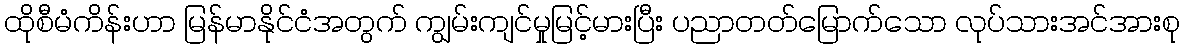
ထိုစီမံကိန်းဟာ မြန်မာနိုင်ငံအတွက် ကျွမ်းကျင်မှုမြင့်မားပြီး ပညာတတ်မြောက်သော လုပ်သားအင်အားစု